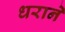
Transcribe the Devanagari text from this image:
धराने